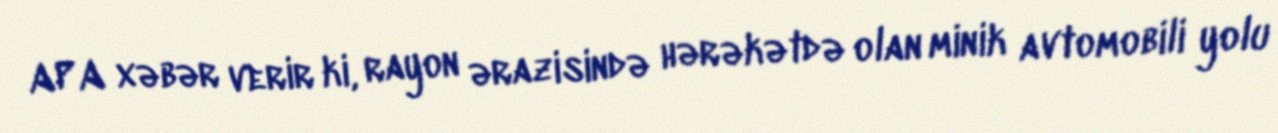
APA xəbər verir ki, rayon ərazisində hərəkətdə olan minik avtomobili yolu